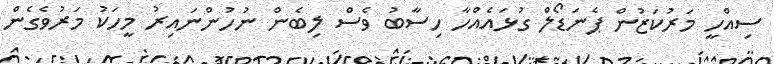
ސިއްހީ މަރުކަޒުން ޕެނަޑޯލް ގުޅައެއްހާ ހިސާބު ވެސް ލިބެން ނުހުންނައިރު މީހަކު މަރުވެގެން